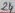
Text: 24